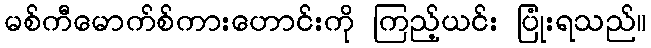
မစ်ကီမောက်စ်ကားဟောင်းကို ကြည့်ယင်း ပြုံးရသည်။